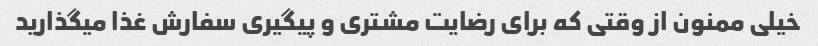
خیلی ممنون از وقتی که برای رضایت مشتری و پیگیری سفارش غذا میگذارید